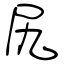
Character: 尻